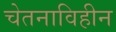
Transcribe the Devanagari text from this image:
चेतनाविहीन